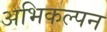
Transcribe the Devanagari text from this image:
अभिकल्‍पन